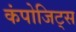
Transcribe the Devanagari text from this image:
कंपोजिट्स